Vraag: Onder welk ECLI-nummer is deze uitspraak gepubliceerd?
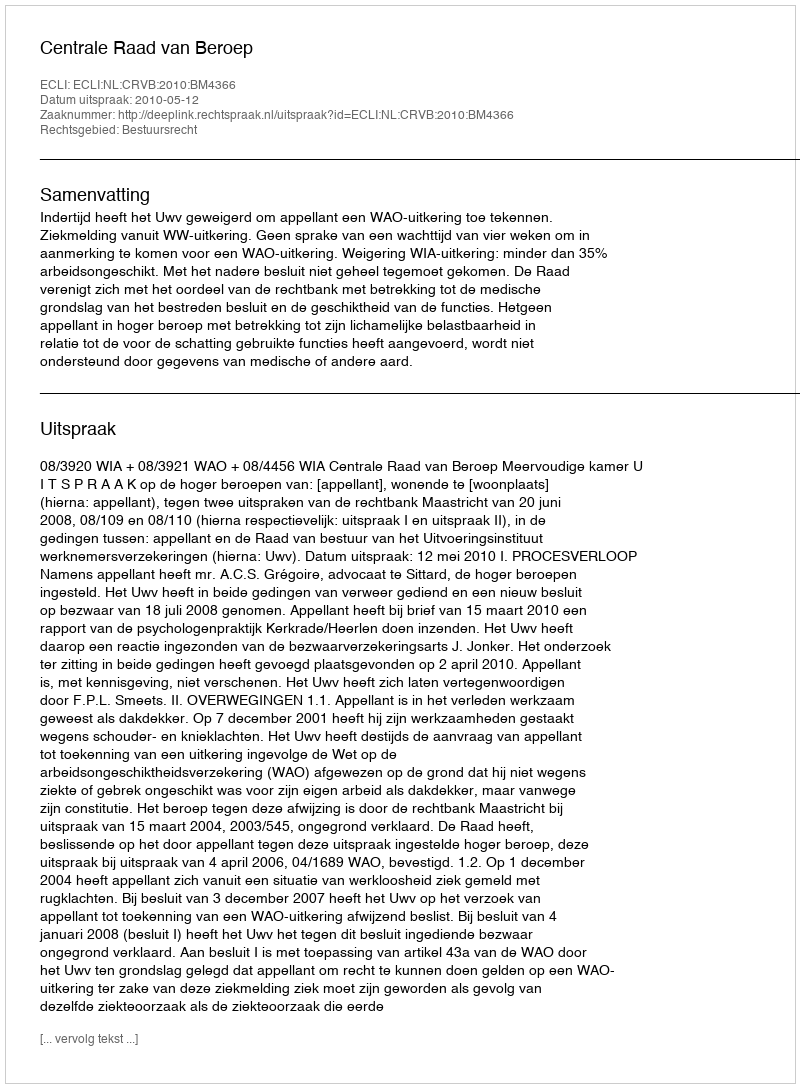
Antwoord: ECLI:NL:CRVB:2010:BM4366